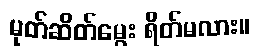
မုတ်ဆိတ်မွေး ရိတ်မလား။